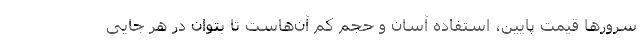
سرورها قیمت پایین، استفاده آسان و حجم کم آن‌هاست تا بتوان در هر جایی